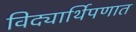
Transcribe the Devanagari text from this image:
विद्यार्थिपणात